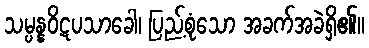
သမ္ပန္နဝိဋပသာခေါ၊ ပြည့်စုံသော အခက်အခဲရှိ၏။